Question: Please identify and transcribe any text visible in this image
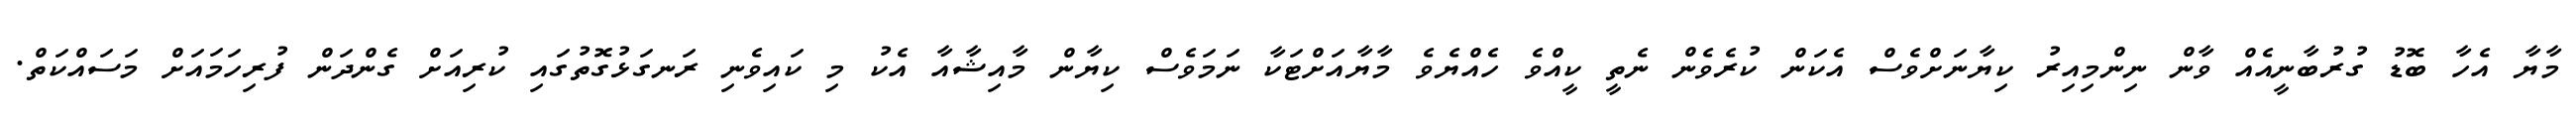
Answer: މާޔާ އެހާ ބޮޑު ގުރުބާނީއެއް ވާން ނިންމިއިރު ކިޔާނަށްވެސް އެކަން ކުރެވެން ނެތީ ކީއްވެ ހެއްޔެވެ މާޔާއަށްޓަކާ ނަމަވެސް ކިޔާން މާއިޝާއާ އެކު މި ކައިވެނި ރަނގަޅުގޮތުގައި ކުރިއަށް ގެންދަން ފުރިހަމައަށް މަސައްކަތް.